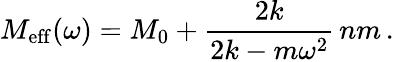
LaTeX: M_{\mathrm{eff}}(\omega)=M_{0}+\frac{2k}{2k-m\omega^{2}}\, nm\, .